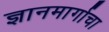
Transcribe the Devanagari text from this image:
ज्ञानमार्गाचा